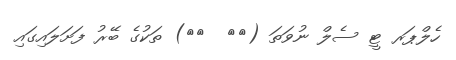
ހެލްޕަރ ޓީ ސެލް ނުވަތަ ({{  }}) ތަކުގެ ބޭރު ފަށަލައިގައި